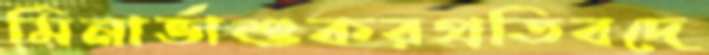
মিনার্ভাশুকরপ্রতিবদে